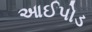
આઈપોડ